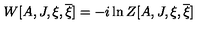
W [ A , J , \xi , \overline { { \xi } } ] = - i \ln Z [ A , J , \xi , \overline { { \xi } } ]